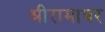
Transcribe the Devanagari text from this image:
श्रीरामावर